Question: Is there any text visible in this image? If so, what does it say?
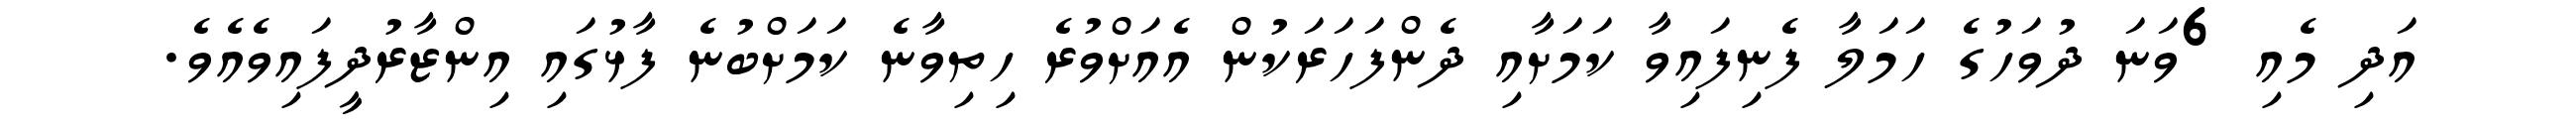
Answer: އަދި މެއި 6ވަނަ ދުވަހުގެ ހަމަލާ ފެނިފައިވާ ކަމަށާއި ދެންފަހަރަކުން އެއަށްވުރެ ހިތިވާނެ ކަމަށްބުނެ ފާޅުގައި އިންޒާރުދީފައިވެއެވެ.